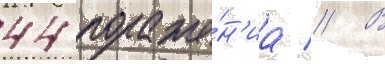
44 пораже́н'иа // В